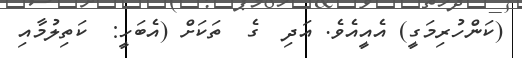
(ކަންހުރިމަގީ) އެއީއެވެ. އަދި  ގެ  ތަކަށް (އެބަހީ:  ކަތިލުމާއި